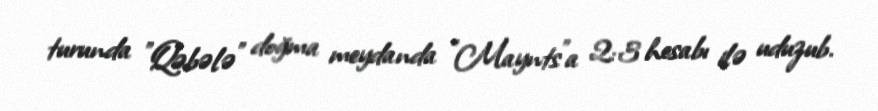
turunda "Qəbələ" doğma meydanda "Maynts"a 2:3 hesabı ilə uduzub.